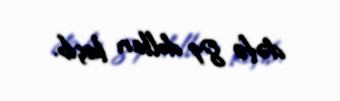
dəfə 81 dolları keçib.